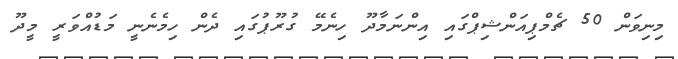
މިނިވަން 50 ޗެމްޕިއަންޝިޕްގައި އިންނަމާދޫ ހިނެމޭ ގުރޫޕުގައި ދެން ހިމެނެނީ މަޑުއްވަރީ މީދޫ